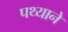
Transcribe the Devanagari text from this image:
पथ्याने